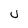
Character: Q